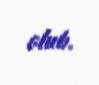
olub.